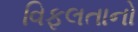
વિફલતાનો